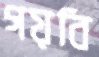
গয়বি